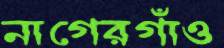
নাগেরগাঁও